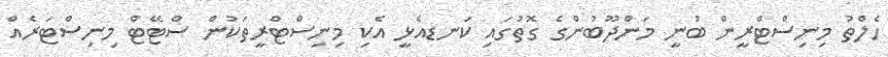
ހެލްތު މިނިސްޓްރީން ބުނީ މަންދޫބުންގެ ގޮތުގައި ކަނޑއެޅީ އެކި މިނިސްޓްރީތަކުން ސްޓޭޓް މިނިސްޓަރެއް